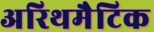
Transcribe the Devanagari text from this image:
अरिथमैटिक